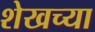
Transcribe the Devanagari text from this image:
शेखच्या